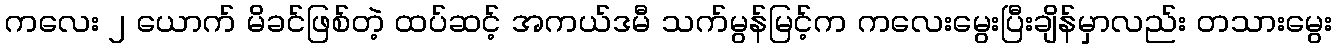
ကလေး ၂ ယောက် မိခင်ဖြစ်တဲ့ ထပ်ဆင့် အကယ်ဒမီ သက်မွန်မြင့်က ကလေးမွေးပြီးချိန်မှာလည်း တသားမွေး